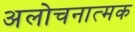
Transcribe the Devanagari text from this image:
अलोचनात्मक